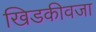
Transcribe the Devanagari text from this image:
खिडकीवजा